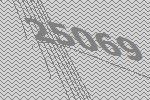
25069